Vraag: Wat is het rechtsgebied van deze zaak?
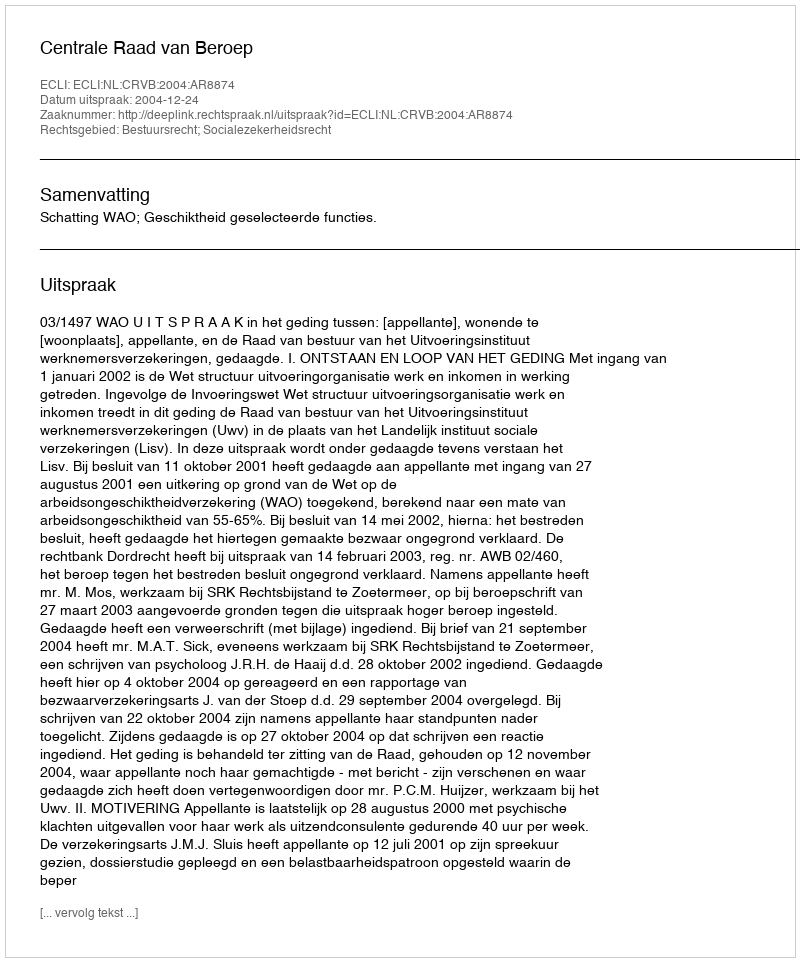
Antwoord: Bestuursrecht; Socialezekerheidsrecht